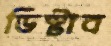
ডিস্টাব